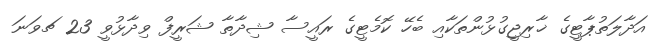
އަދާލަތުޕާޓީގެ ޚާރިޖީގުޅުންތަކާއި ބެހޭ ކޮމެޓީގެ ރައީސާ ޝިދާތާ ޝަރީފް ވިދާޅުވީ 23 ޗވަނަ